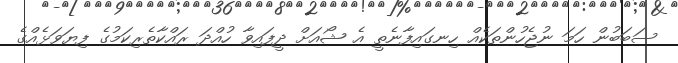
ސަބަބުން ހަމަ ނުޖެހުންތަކެއް ހިނގައިފާނެތީ އެ ޝޯއަށް ދީފައިވާ ހުއްދަ ރައްކާތެރިކަމުގެ ފިޔަވަޅެއްގެ